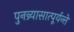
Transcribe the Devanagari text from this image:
पुनन्र्यासात्पूर्यन्ते